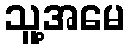
သူ့အမေ